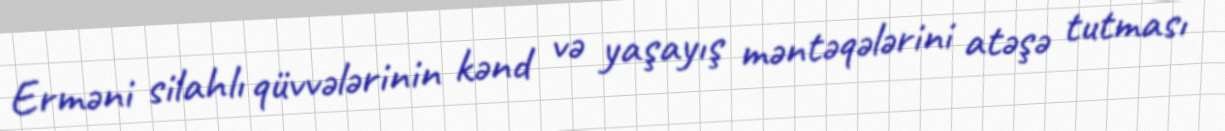
Erməni silahlı qüvvələrinin kənd və yaşayış məntəqələrini atəşə tutması